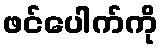
ဖင်ပေါက်ကို